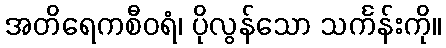
အတိရေကစီဝရံ၊ ပိုလွန်သော သင်္ကန်းကို။